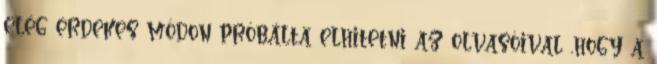
elég érdekes módon próbálta elhitetni az olvasóival ,hogy a